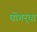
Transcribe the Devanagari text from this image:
घोगर्‍या